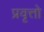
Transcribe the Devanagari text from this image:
प्रवृत्तो